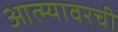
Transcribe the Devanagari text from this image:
आत्म्यावरची